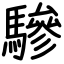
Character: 驂